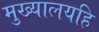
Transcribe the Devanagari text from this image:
मुख्यालयहि